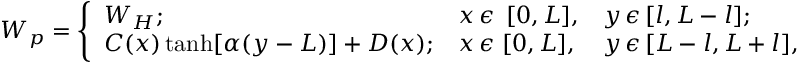
W _ { p } = \left\{ \begin{array} { l l l } { { W _ { H } ; } } & { { x \, \epsilon \ \, [ 0 , L ] , } } & { { y \, \epsilon \, [ l , L - l ] ; } } \\ { { C ( x ) \operatorname { t a n h } [ \alpha ( y - L ) ] + D ( x ) ; } } & { { x \, \epsilon \ [ 0 , L ] , } } & { { y \, \epsilon \, [ L - l , L + l ] , } } \end{array} \right.